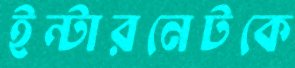
ইন্টারনেটকে